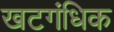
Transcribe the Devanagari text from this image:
खटगंधिक